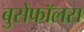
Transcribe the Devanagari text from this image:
बुसेफॉलस